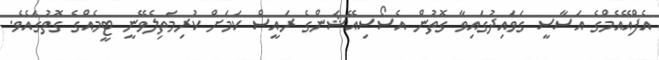
އެފްއޭއެމްގެ އަސާސީ ގަވައިދުގައިވާ ގޮތުން އެސޯސިއޭޝަންގެ ރައީސް ކަމަށް ކުރިމަތިލެވޭނީ ޓީމެއްގެ ގޮތުގައެވެ.